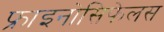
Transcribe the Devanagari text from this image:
फ्राइनोसिफेलस